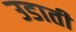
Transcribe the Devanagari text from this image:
उडाती